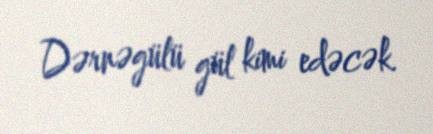
Dərnəgülü gül kimi edəcək.